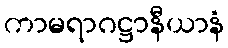
ကာမရာဂဋ္ဌာနီယာနံ